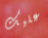
عليك